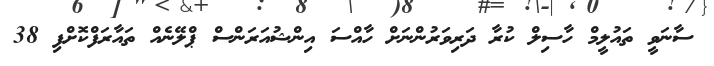
ސާނަވީ ތައުލީމް ހާސިލް ކުރާ ދަރިވަރުންނަށް ހާއްސަ އިންޝުއަރަންސް ޕްލޭނެއް ތައާރަފްކޮށްފި 38